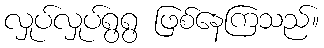
လှုပ်လှုပ်ရွရွ ဖြစ်နေကြသည်။